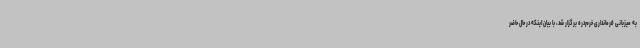
به میزبانی فرمانداری خرم‌دره برگزار شد، با بیان اینکه در حال حاضر